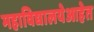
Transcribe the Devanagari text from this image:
महाविद्यालयेआहेत